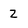
Character: Z